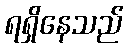
ရရှိနေသည်